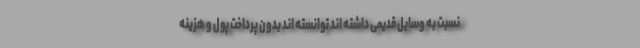
نسبت به وسایل قدیمی داشته اند توانسته اند بدون پرداخت پول و هزینه